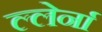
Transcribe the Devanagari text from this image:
ल्लेर्ना